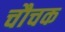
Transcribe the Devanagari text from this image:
चौचक